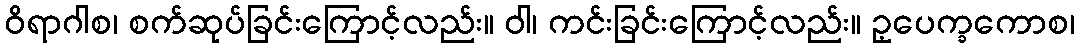
ဝိရာဂါစ၊ စက်ဆုပ်ခြင်းကြောင့်လည်း။ ဝါ၊ ကင်းခြင်းကြောင့်လည်း။ ဥ့ပေက္ခကောစ၊